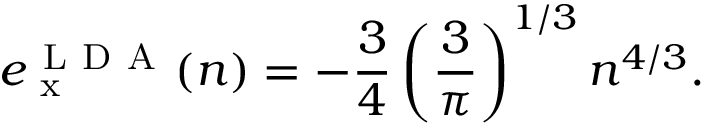
e _ { \mathrm { ~ x ~ } } ^ { \mathrm { ~ L ~ D ~ A ~ } } ( n ) = - \frac { 3 } { 4 } \left( \frac { 3 } { \pi } \right) ^ { 1 / 3 } n ^ { 4 / 3 } .